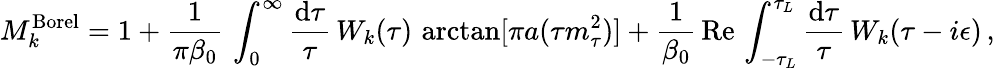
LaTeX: M_{k}^{\mathrm{Borel}}=1+{\frac{1}{\pi\beta_{0}}}\, \int_{0}^{\infty}{\frac{\mathrm{d}\tau}{\tau}}\, W_{k}(\tau)\, \arctan[\pi a(\tau m_{\tau}^{2})]+{\frac{1}{\beta_{0}}}\, \mathrm{Re}\, \int_{-\tau_{L}}^{\tau_{L}}{\frac{\mathrm{d}\tau}{\tau}}\, W_{k}(\tau-i\epsilon)\, ,